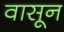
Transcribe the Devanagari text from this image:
वासून